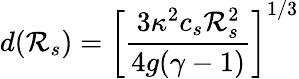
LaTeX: d({\cal R}_{s})=\left[\frac{3\kappa^{2}c_{s}{\cal R}_{s}^{2}}{4g(\gamma-1)}\right]^{1/3}